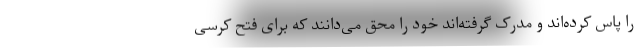
را پاس کرده‌اند و مدرک گرفته‌اند خود را محق می‌دانند که برای فتح کرسی